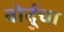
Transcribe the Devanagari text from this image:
बोर्दूचा